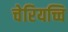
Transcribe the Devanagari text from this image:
चेरियच्चि